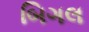
બિગલ